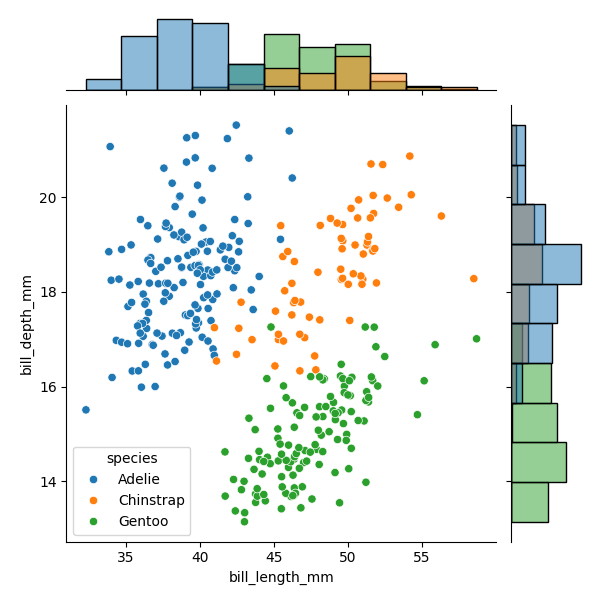
python, seaborn, JointGrid, scatterplot, histplot, hue